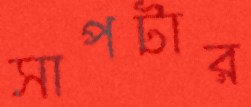
সাপটার